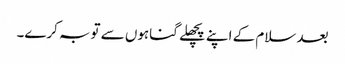
بعد سلام کے اپنے پچھلے گناہوں سے توبہ کرے۔